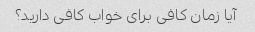
آیا زمان کافی برای خواب کافی دارید؟